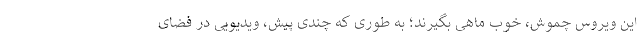
این ویروس چموش، خوب ماهی بگیرند؛ به طوری که چندی پیش، ویدیویی در فضای